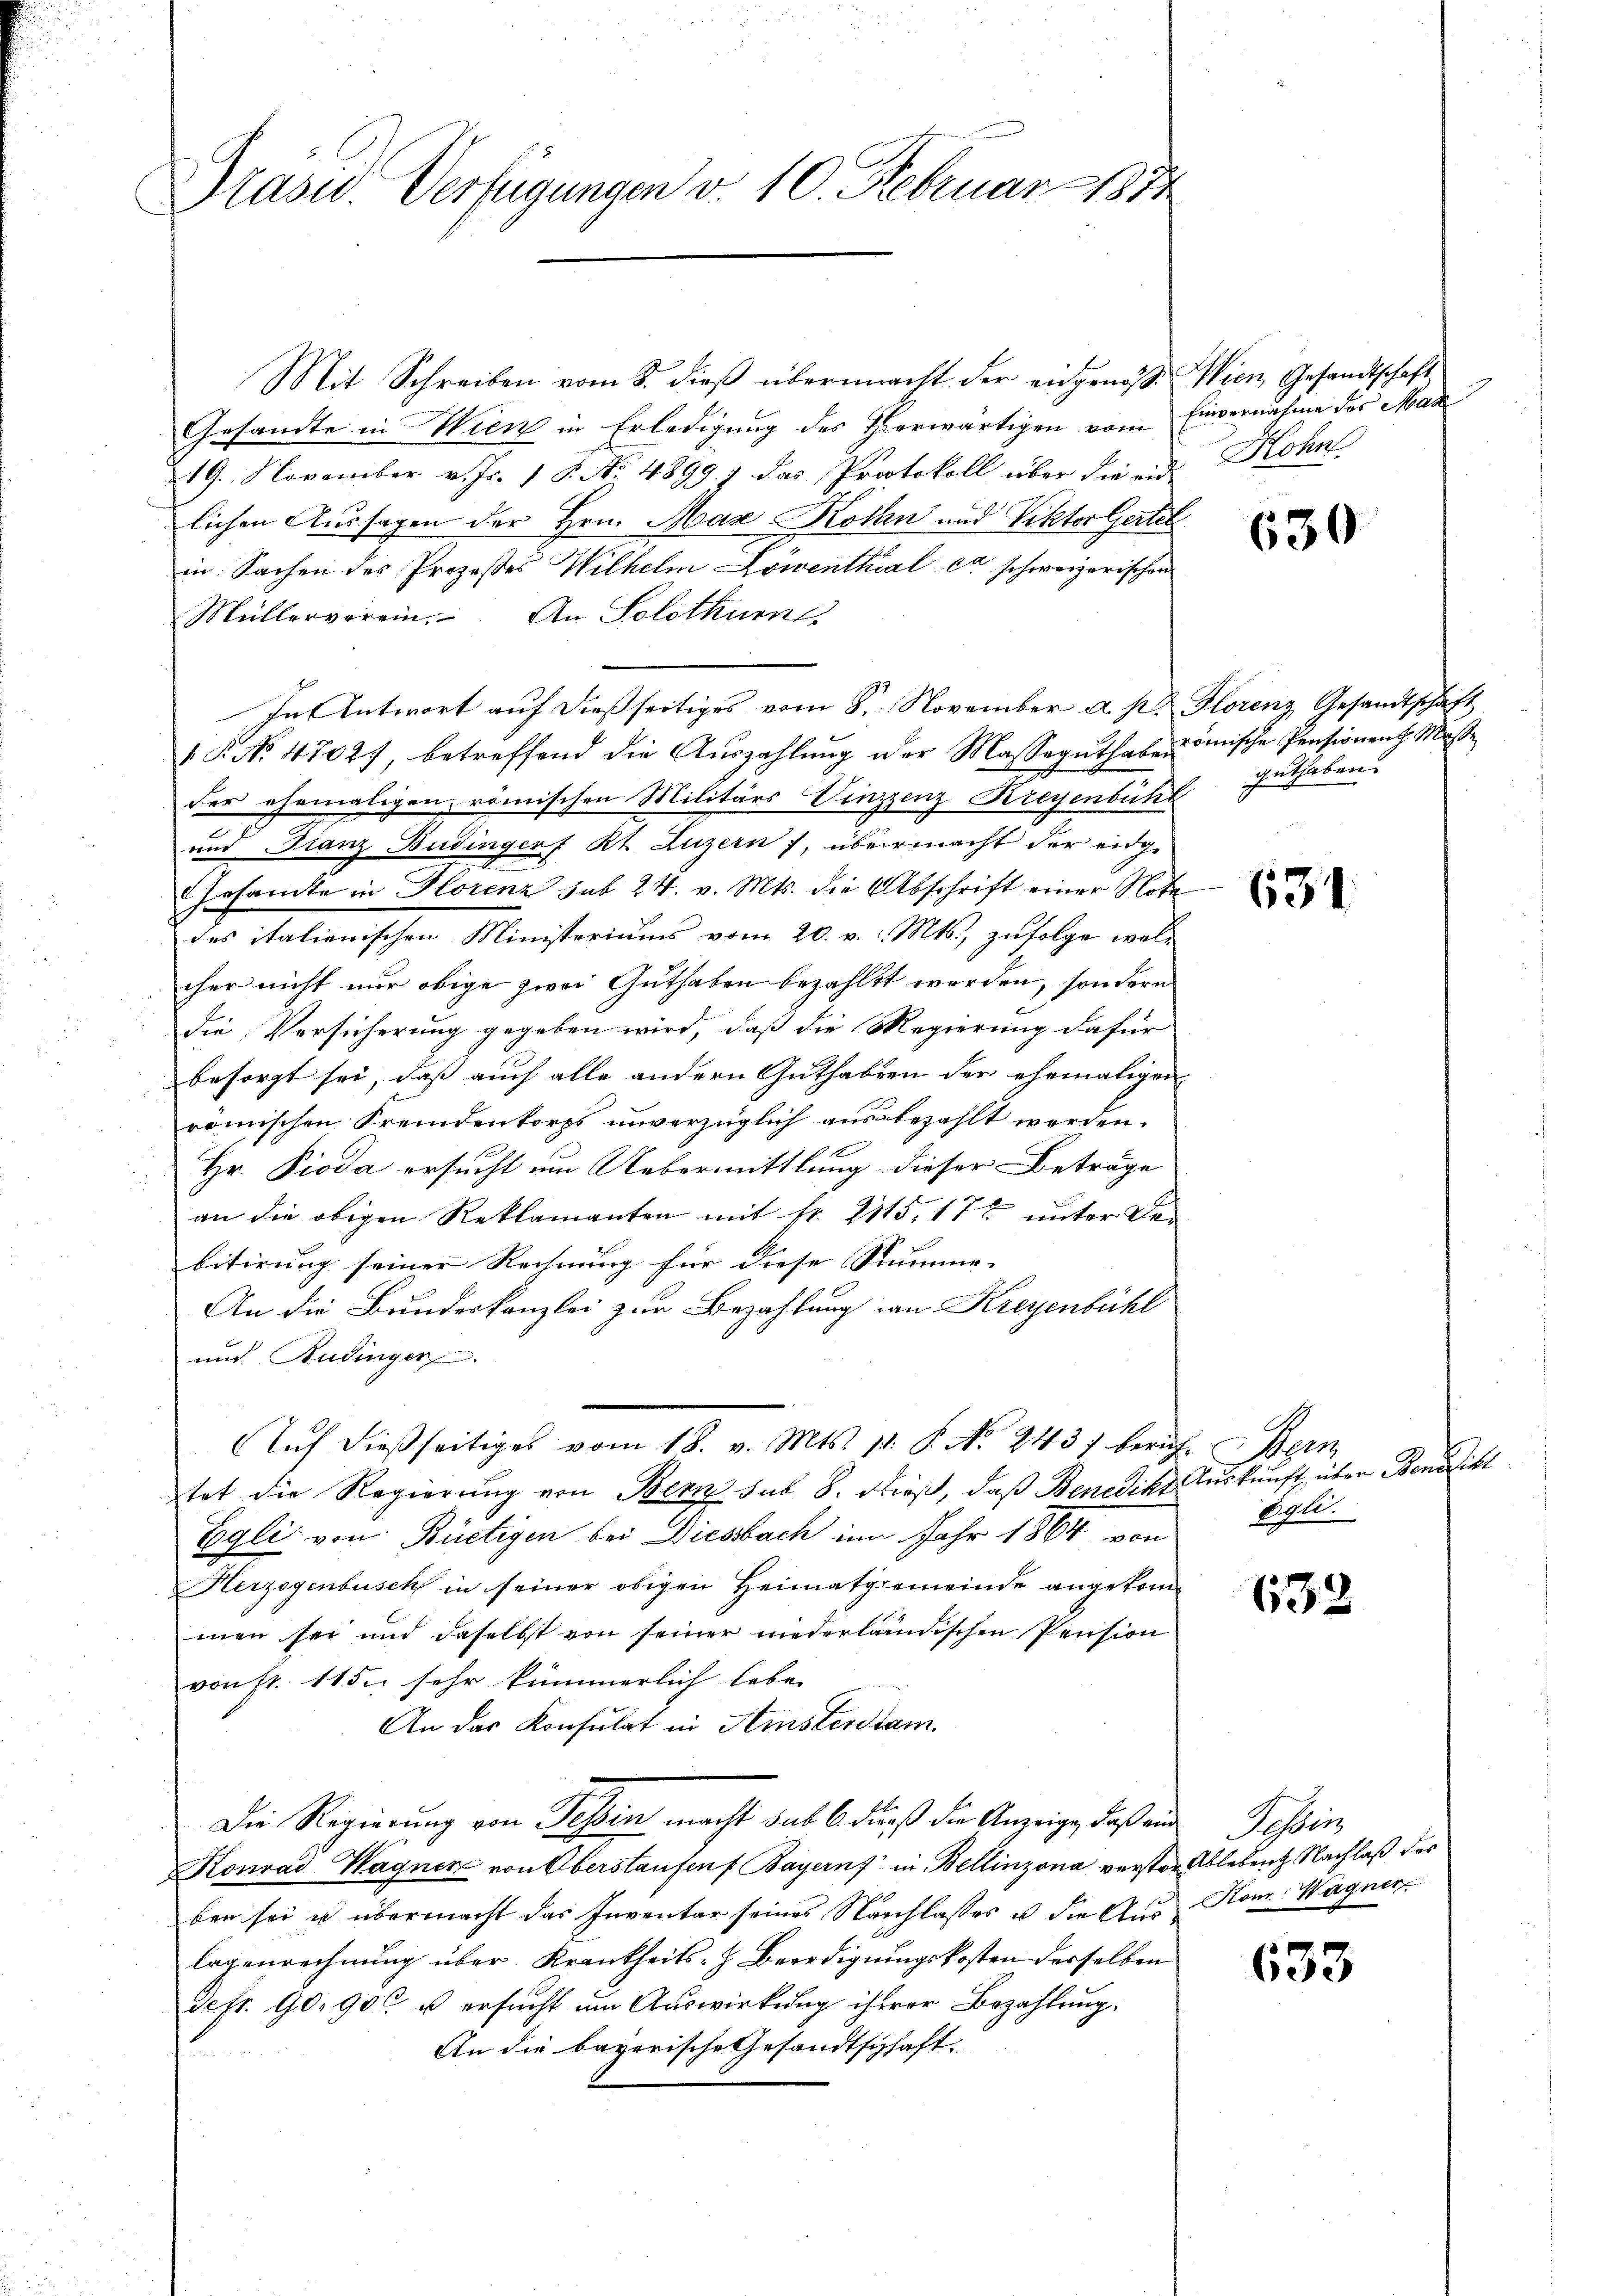
Präsid. Verfügungen v. 10. Februar 181.

Mit Schreiben vom 8. dieß übermacht der eingenos. Wien Gesandtschaft
Gesandte in Wien in Erledigung des Thierwärtigen vom Einvernahme des Mad
19. November v. Js. 1 S. No. 4899 ; das Protokoll über die eid. Hohn
lichen Aussagen der Hrn. Max Kothin und Viktor Gertel
in Sachen des Prozeßes Wilhelm Löwenthal er schweizerischen
Müllerverein. An Solothurn
In Antwort aŭf dießseitiges vom 8. November a. p. Florenz Gesandtschaft
 P. No. 47027, betreffend die Auszahlung der Masseguthabe römische Pensionent Miße
der ehemaligen römischen Militärs Vinzzenz-Kreyenbühl guthaben.
2
und Franz Budingerf Kt. Luzern), übermacht der eidge
Gesamte in Florenz sub 24. v. Mts. die Abschrift einer Nota
des italienischen Ministeriums vom 20. v. Mts., zufolge welcher nicht nur obige zwei Guthaben bezahlt worden, sondern
Die Versicherung gegeben wird, daß die Regierung dafür
besorgt sei, dass auch alle andern Guthaben der ehemaligen
römischen Fremdenkorps unverzüglich ausbezahlt werden.
Hr. Pioda ersucht um Uebermittlung dieser Beträge
an die obigen Reklamanten mit fr. 2115, 17t unter Debitirung seiner Rechnung für diese Stumme. |
An die Bundeskanzlei zur Bezahlung an Kreyenbühl
und Budinger.
Aŭf dießseitiges vom 18. v. Mts. 11. P. No. 2437 beruf. Bern
tet die Regierung von Bern sub 8. dieß, daß Benedikt Auskunft über Benedike
Egli von Büetigen bei Diesbach im Jahr 1864 von
Herzogenbusch in seiner obigen Heimatgemeinde angekommen sei und daselbst von seiner niederländischen Pension
von fr. 115. sehr kümmerlich leben
An das Konsulat in Amsterstam
Die Regierung von Tessin macht sub 6 dieß die Anzeige, daß eine Tessin
Konrad Wagnen von Oberstaufen f Bayern in Bellinzona verster Ablebent Nachlaß des
ben sei u übermacht das Inventar seines Nachlasses u. die Aus Hon Wagner
lagenrechnŭng über Krankheits- & Beerdigungskosten derselben
sefr. 90. 900 u ersucht um Auswirkung ihrerer Bezahlung.
An die bayerische Gesandtschaft.

630

631.

Egli.

632

633

l